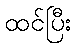
ထင်ပြီး